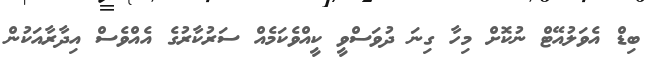
ބިޑް އެވަލުއޭޓް ނުކޮށް މިހާ ގިނަ ދުވަސްވީ ކީއްވެކަމެއް ސަރުކާރުގެ އެއްވެސް އިދާރާއަކުން